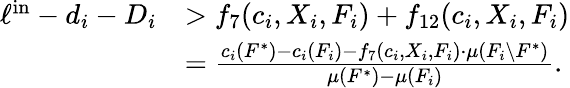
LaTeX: \begin{array}{rl}{\ell^{\mathrm{in}}-d_{i}-D_{i}}&{>f_{7}(c_{i},X_{i},F_{i})+f_{12}(c_{i},X_{i},F_{i})}\\ {}&{=\frac{c_{i}(F^{*})-c_{i}(F_{i})-f_{7}(c_{i},X_{i},F_{i})\cdot\mu(F_{i}\setminus F^{*})}{\mu(F^{*})-\mu(F_{i})}.}\end{array}